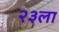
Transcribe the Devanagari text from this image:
२३ला